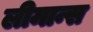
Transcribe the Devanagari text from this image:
लीमान्स